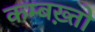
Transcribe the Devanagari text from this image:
कम्बख़्तो